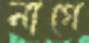
নাগে